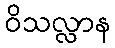
ဝိသလ္လာန